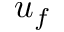
u _ { f }